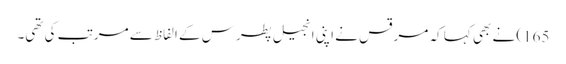
165) نے بھی کہا کہ مرقس نے اپنی انجیل پطرس کے الفاظ سے مرتب کی تھی۔